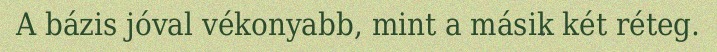
A bázis jóval vékonyabb, mint a másik két réteg.